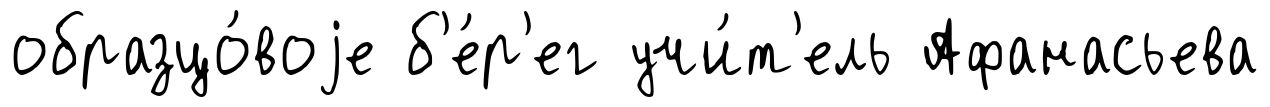
образцо́воjе б'е́р'ег учи́т'ель Афанасьева